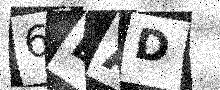
Text: 6DAD